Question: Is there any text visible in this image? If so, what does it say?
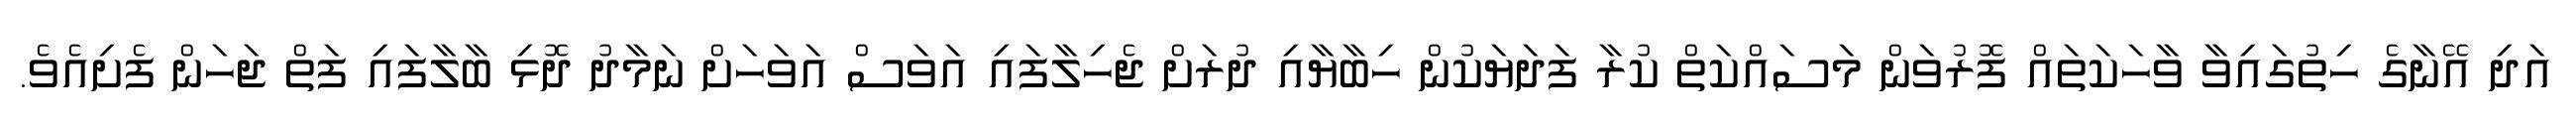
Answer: އަދި އޭނާގެ ހިތުގައިވާ ވާހަކަތައް ފޮރުވަން މަސައްކަތް ކުރާ ފަދަޔަކުން ހިބާޔާއި ދުރަށް ޖެހިލާފައި އަވަސް އަވަހަށް ނަމާދު ދޮޅި ބާލާފައި ފަތް ޖަހަން ފެށިއެވެ.